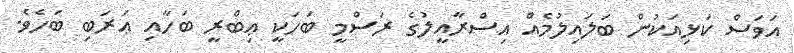
އަވަސް ކަޅިއަކުން ބަލައިލުމެއް އިސްރާއީލުގެ ރަސްމީ ބަހަކީ ޢިބްރީ ބަހާއި ޢަރަބި ބަހެވެ.